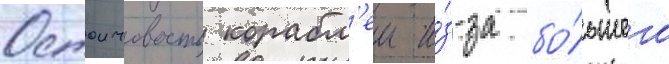
Остоичивость корабл'еи и́з-за бо́льшего